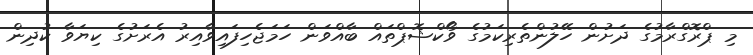
މި ޕްރޮގްރާމުގެ ދަށުން ހޭލުންތެރިކަމުގެ ވޯކްޝޮޕްތައް ބާއްވަން ހަމަޖެހިފައިވާއިރު އެރަށުގެ ކިޔަވާ ކުދިން